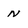
Character: N